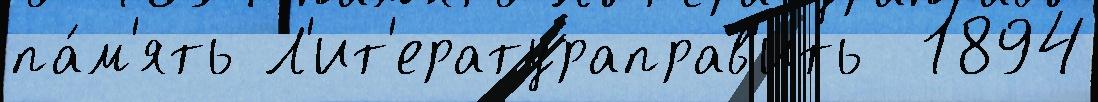
па́м'ять Л'ит'ератураправ'ить  1894